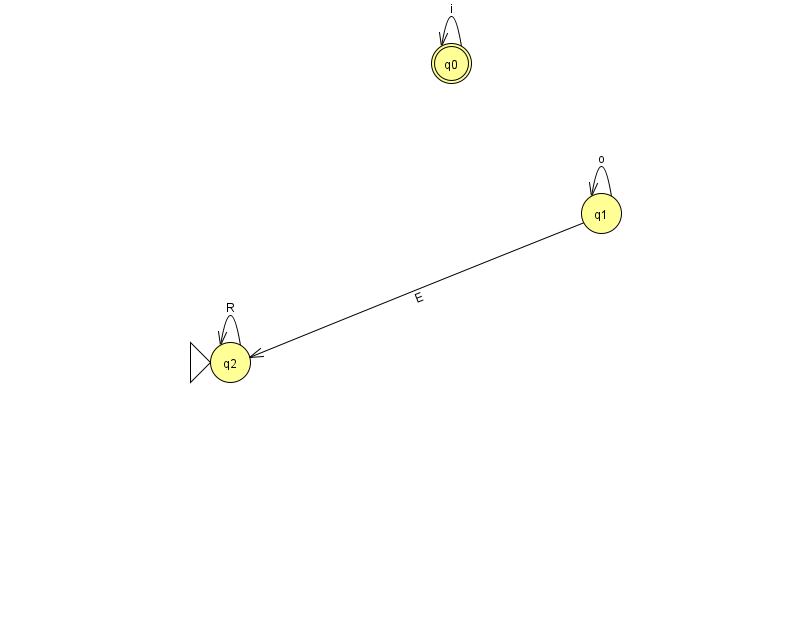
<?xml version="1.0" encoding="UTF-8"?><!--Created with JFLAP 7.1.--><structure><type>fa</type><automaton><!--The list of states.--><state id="0" name="q0"><x>451.0</x><y>50.0</y><final/></state><state id="1" name="q1"><x>601.0</x><y>200.0</y></state><state id="2" name="q2"><x>230.0</x><y>349.0</y><initial/></state><!--The list of transitions.--><transition><from>2</from><to>2</to><read>R</read></transition><transition><from>1</from><to>2</to><read>E</read></transition><transition><from>0</from><to>0</to><read>i</read></transition><transition><from>1</from><to>1</to><read>o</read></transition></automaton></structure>